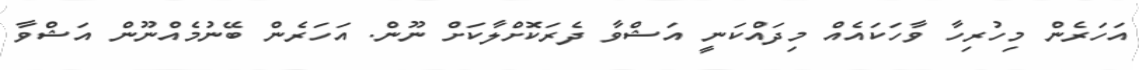
އަހަރެން މިހުރިހާ ވާހަކައެއް މިދައްކަނީ އަޝްވާ ދެރަކޮށްލާކަށް ނޫން. އަހަރެން ބޭނުމެއްނޫން އަޝްވާ